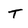
Character: T